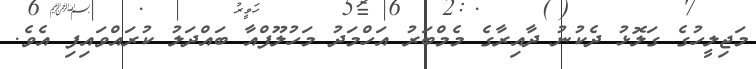
މަޖިލީހުގެ ގަލޮޅު ދެކުނު ދާއިރާގެ މެމްބަރު އަހްމަދު މަހުލޫފްއާ ބައްދަލު ކުރައްވައިފި އެވެ.